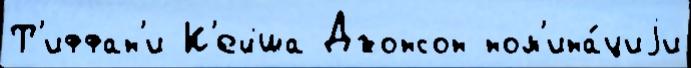
Т'иффан'и К'ейша Джонсон ном'ина́циjи